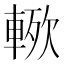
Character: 𮝗